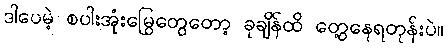
ဒါပေမဲ့ စပါးအုံးမြွေတွေတော့ ခုချိန်ထိ တွေ့နေရတုန်းပဲ။